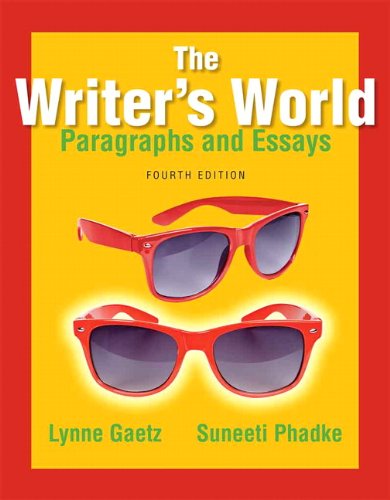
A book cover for The Writer's World: Paragraphs and Essays (4th Edition); Lynne Gaetz; Literature & Fiction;